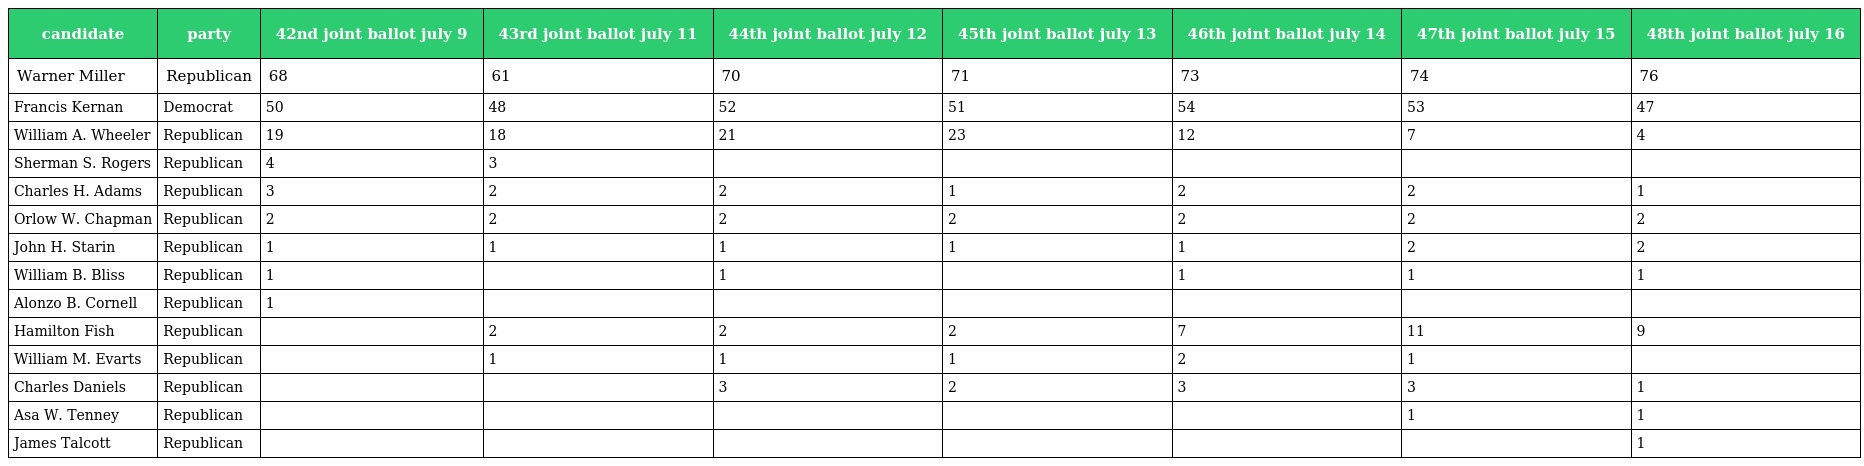
| candidate | party | 42nd joint ballot july 9 | 43rd joint ballot july 11 | 44th joint ballot july 12 | 45th joint ballot july 13 | 46th joint ballot july 14 | 47th joint ballot july 15 | 48th joint ballot july 16 |
 | --- | --- | --- | --- | --- | --- | --- | --- | --- |
 | Warner Miller | Republican | 68 | 61 | 70 | 71 | 73 | 74 | 76 |
 | Francis Kernan | Democrat | 50 | 48 | 52 | 51 | 54 | 53 | 47 |
 | William A. Wheeler | Republican | 19 | 18 | 21 | 23 | 12 | 7 | 4 |
 | Sherman S. Rogers | Republican | 4 | 3 |  |  |  |  |  |
 | Charles H. Adams | Republican | 3 | 2 | 2 | 1 | 2 | 2 | 1 |
 | Orlow W. Chapman | Republican | 2 | 2 | 2 | 2 | 2 | 2 | 2 |
 | John H. Starin | Republican | 1 | 1 | 1 | 1 | 1 | 2 | 2 |
 | William B. Bliss | Republican | 1 |  | 1 |  | 1 | 1 | 1 |
 | Alonzo B. Cornell | Republican | 1 |  |  |  |  |  |  |
 | Hamilton Fish | Republican |  | 2 | 2 | 2 | 7 | 11 | 9 |
 | William M. Evarts | Republican |  | 1 | 1 | 1 | 2 | 1 |  |
 | Charles Daniels | Republican |  |  | 3 | 2 | 3 | 3 | 1 |
 | Asa W. Tenney | Republican |  |  |  |  |  | 1 | 1 |
 | James Talcott | Republican |  |  |  |  |  |  | 1 |